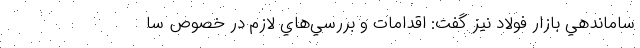
ساماندهي بازار فولاد نيز گفت: اقدامات و بررسي‌هاي لازم در خصوص سا